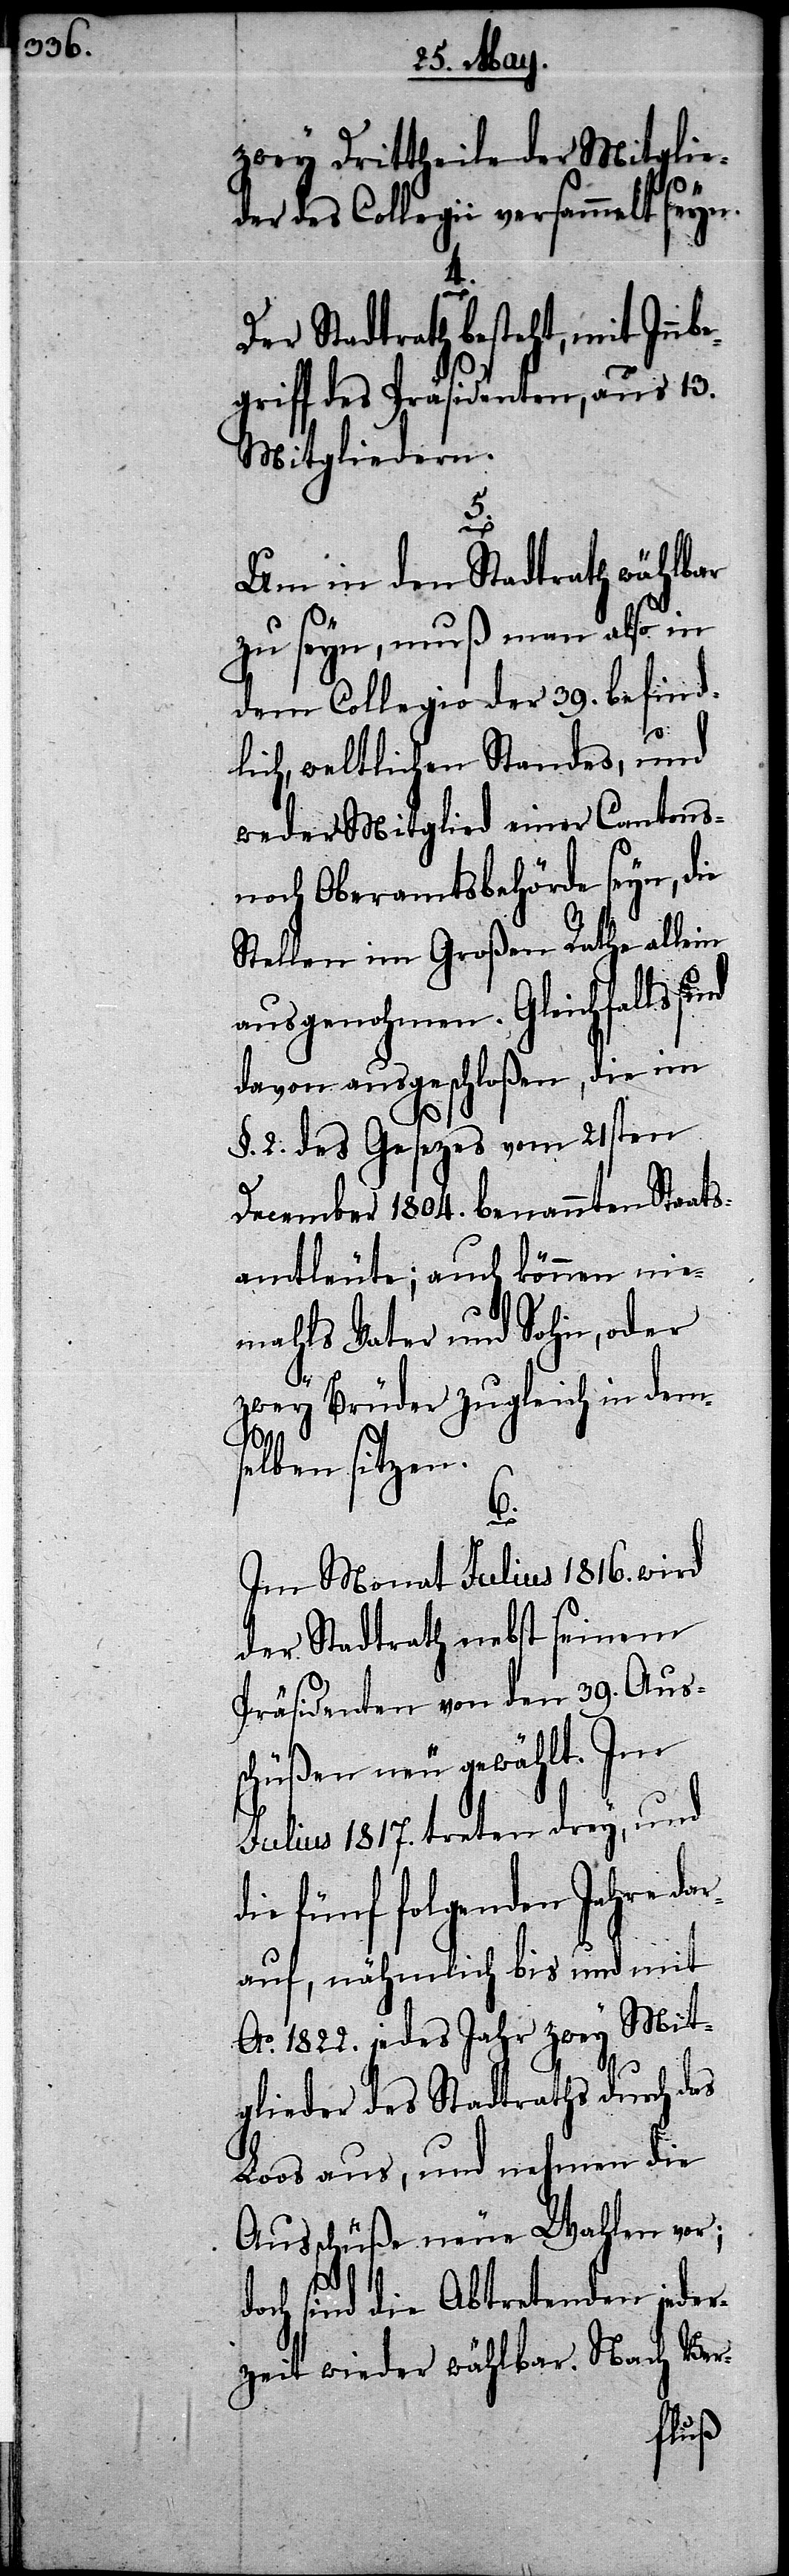
zwey Drittheile der Mitglie¬
der des Collegii versammelt seyn.
Der Stadtrath besteht, mit Inbe¬
griff des Präsidenten, aus 13.
Mitgliedern.
5.
Um in den Stadtrath wählbar
zu seyn, muß man also in
dem Collegio der 39. befind¬
lich, weltlichen Standes, und
weder Mitglied einer Cantons-
noch Oberamtsbehörde seyn, die
Stellen im Großen Rathe allein
ausgenohmen. Gleichfalls
davon ausgeschloßen, die im
§. 2. des Gesezes vom 21sten
December 1804. benannten Staats¬
amtleute, auch können nie¬
mahls Vater und Sohn, oder
zwey Brüder zugleich in dem¬
selben sitzen.
6.
Im Monat Julius 1816. wird
der Stadtrath nebst seinem
Präsidenten von den 39. Auss¬
chüßen neu gewählt. Im
Julius 1817. treten drey, und
die fünf folgenden Jahre da¬
rauf, nähmlich bis und mit
Ao. 1822. jedes Jahr zwey Mit¬
glieder des Stadtrathes durch das
Loos aus, und nehmen die
Ausschüße neue Wahlen vor;
doch sind die Abtretenden jeder¬
zeit wieder wählbar. Nach Ver-